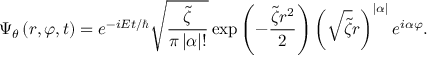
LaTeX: \Psi _ { \theta } \left( r , \varphi , t \right) = e ^ { - i E t / \hbar } \sqrt { \frac { \tilde { \zeta } } { \pi \left| \alpha \right| ! } } \exp \left( - \frac { \tilde { \zeta } r ^ { 2 } } { 2 } \right) \left( \sqrt { \tilde { \zeta } } r \right) ^ { \left| \alpha \right| } e ^ { i \alpha \varphi } .